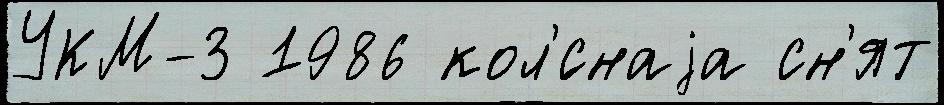
УКМ-3 1986 кол'́снаjа сн'ят